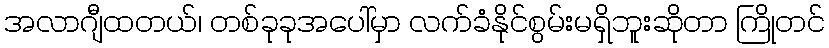
အလာဂျီထတယ်၊ တစ်ခုခုအပေါ်မှာ လက်ခံနိုင်စွမ်းမရှိဘူးဆိုတာ ကြိုတင်